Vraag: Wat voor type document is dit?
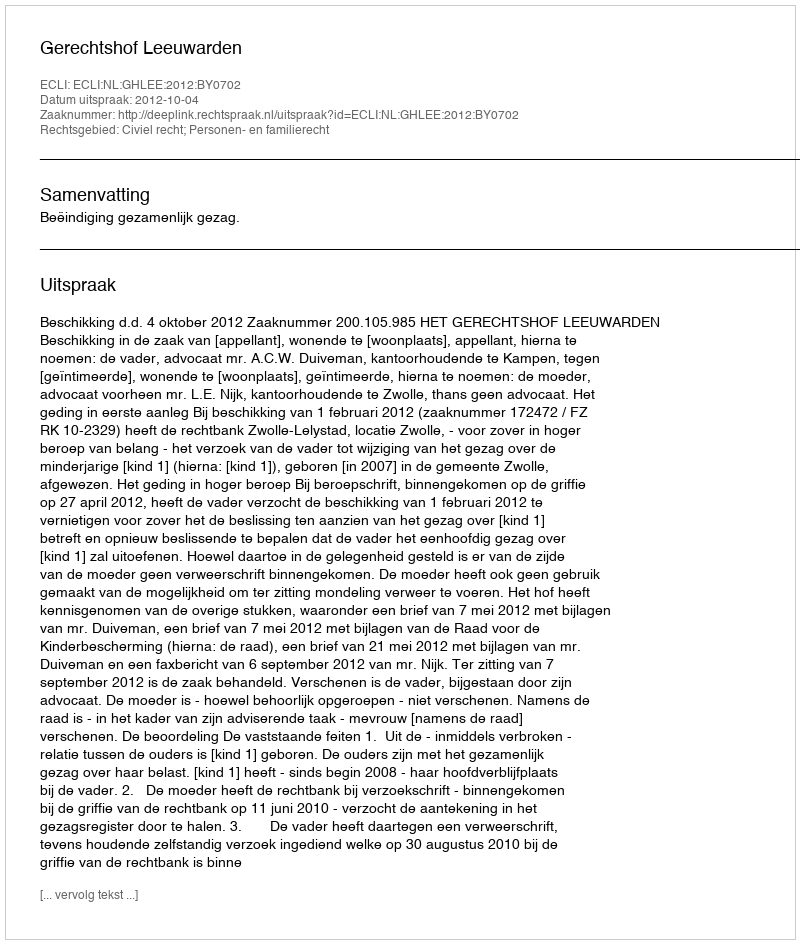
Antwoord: Uitspraak